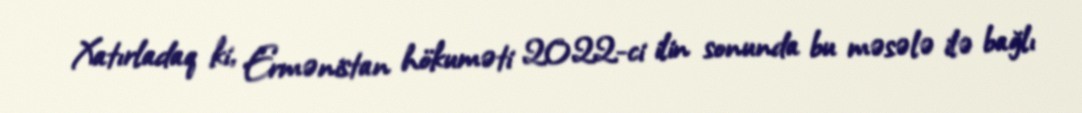
Xatırladaq ki, Ermənistan hökuməti 2022-ci ilin sonunda bu məsələ ilə bağlı